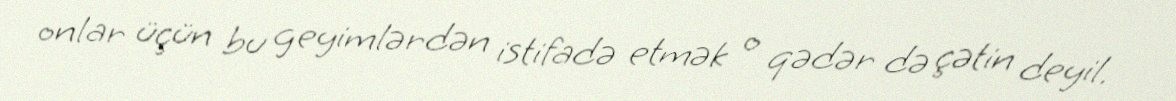
onlar üçün bu geyimlərdən istifadə etmək o qədər də çətin deyil.